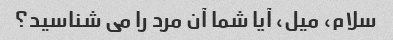
سلام، میل، آیا شما آن مرد را می شناسید؟